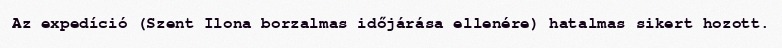
Az expedíció (Szent Ilona borzalmas időjárása ellenére) hatalmas sikert hozott.